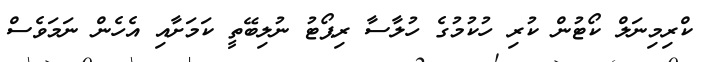
ކްރިމިނަލް ކޯޓުން ކުރި ހުކުމުގެ ހުލާސާ ރިޕޯޓު ނުލިބޭތީ ކަމަށާއި އެހެން ނަމަވެސް